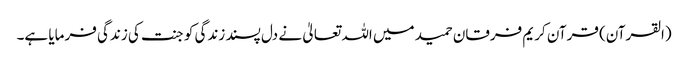
(القرآن) قرآن کریم فرقان حمید میں اللہ تعالیٰ نے دل پسند زندگی کو جنت کی زندگی فرمایا ہے۔